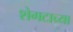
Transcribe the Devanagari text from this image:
शेगटाच्या